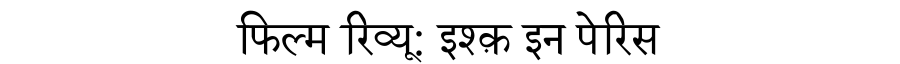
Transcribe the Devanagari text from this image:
फिल्म रिव्यू: इश्क़ इन पेरिस